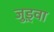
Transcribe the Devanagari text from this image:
जुड़्वा